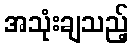
အသုံးချသည့်